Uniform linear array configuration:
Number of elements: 16
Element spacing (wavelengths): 0.75
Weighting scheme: hamming
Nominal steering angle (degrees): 15
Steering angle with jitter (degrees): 15.29
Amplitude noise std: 0.05
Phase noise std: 0.05

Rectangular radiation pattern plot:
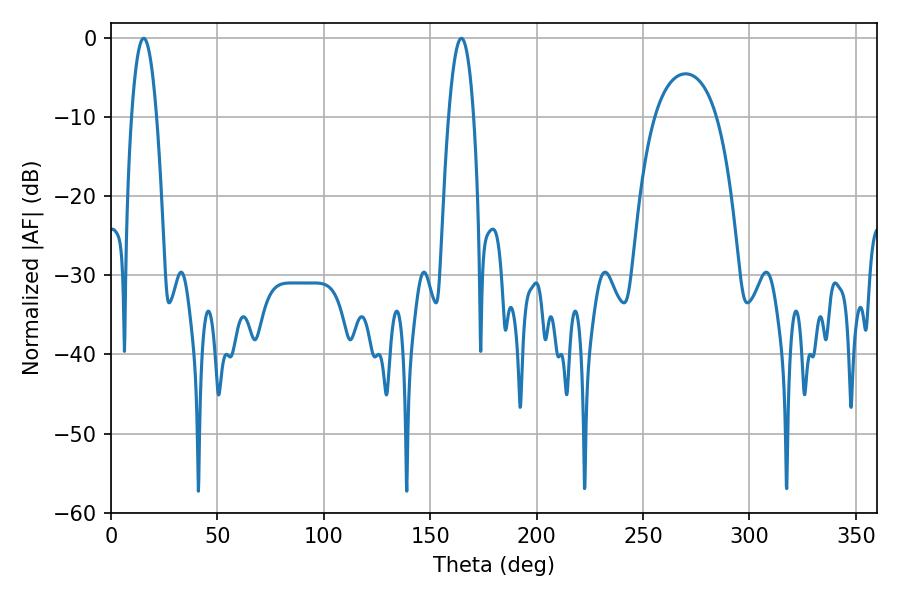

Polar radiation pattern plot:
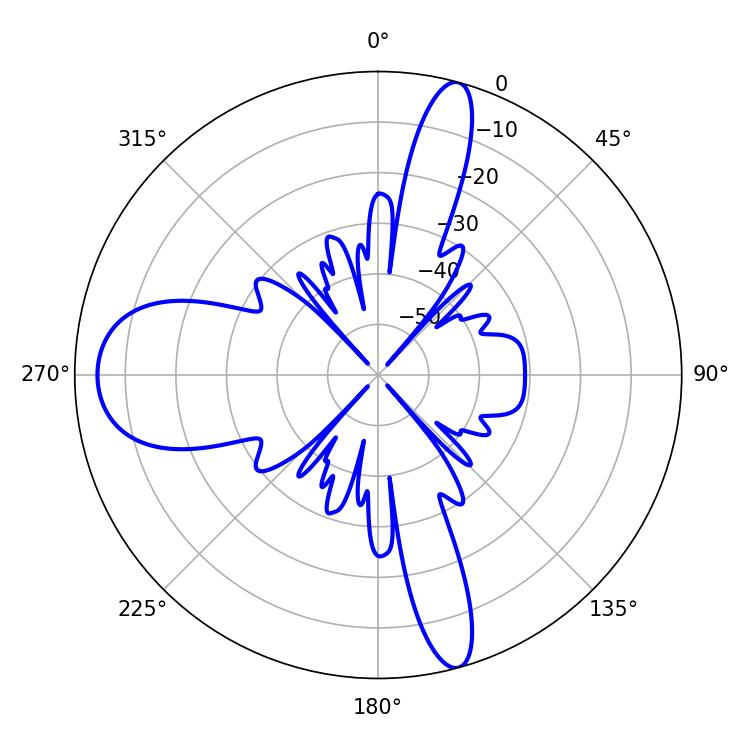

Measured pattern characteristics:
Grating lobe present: TRUE
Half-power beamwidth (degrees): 6.48
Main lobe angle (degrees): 15.3